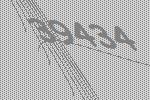
39434